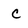
Character: c